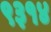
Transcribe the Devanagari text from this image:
९३१४